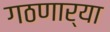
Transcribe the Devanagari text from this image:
गठणार्‍या